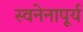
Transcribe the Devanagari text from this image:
स्वनेनापूर्य